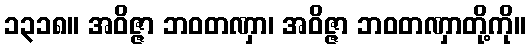
၁၃၁၈။ အဝိဇ္ဇာ ဘဝတဏှာ၊ အဝိဇ္ဇာ ဘဝတဏှာတို့ကို။